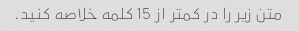
متن زیر را در کمتر از 15 کلمه خلاصه کنید.